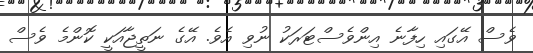
ވެސް އޭގައި ހިފާނެ އިންވެސްޓަރަކު ނުވި އެވެ. އޭގެ ނަތީޖާއަކީ ކޮންމެ ވެސް